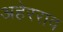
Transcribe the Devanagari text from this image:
अहेरराव